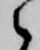
之